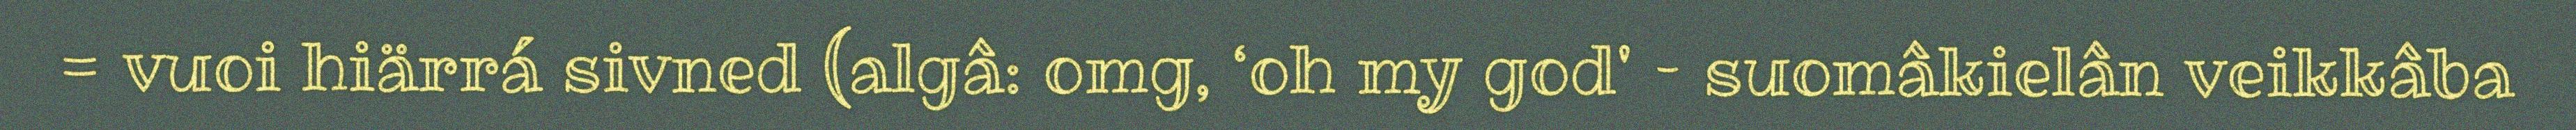
= vuoi hiärrá sivned (algâ: omg, ‘oh my god' – suomâkielân veikkâba